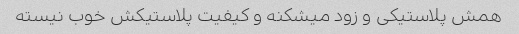
همش پلاستیکی و زود میشکنه و کیفیت پلاستیکش خوب نیسته